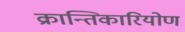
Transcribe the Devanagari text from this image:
क्रान्तिकारियोण